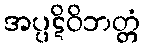
အပ္ပဋိဝိဘတ္တံ